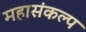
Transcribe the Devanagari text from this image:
महासंकल्प